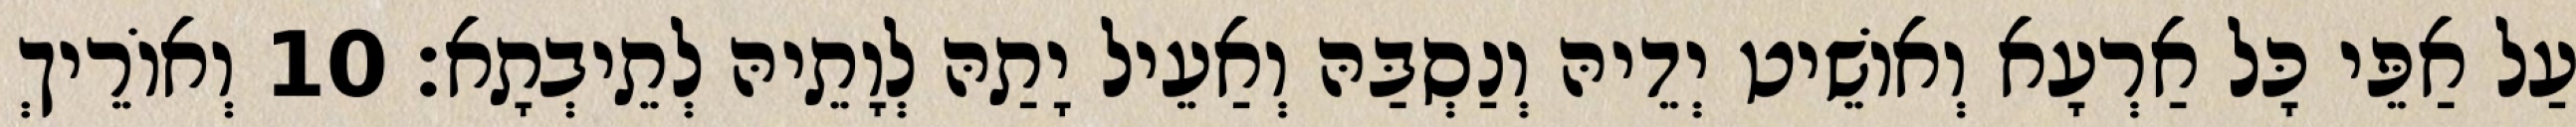
עַל אַפֵּי כָּל אַרְעָא וְאוֹשֵׁיט יְדֵיהּ וְנַסְבַּהּ וְאַעֵיל יָתַהּ לְוָתֵיהּ לְתֵיבְתָא׃ 10 וְאוֹרֵיךְ